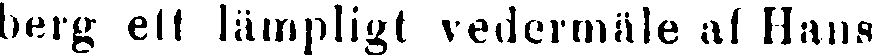
berg ett lämpligt vedermäle af Hans